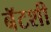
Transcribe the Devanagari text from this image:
बॅटशी